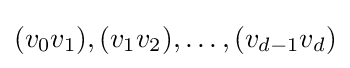
(v_{0}v_{1}),(v_{1}v_{2}),\dots ,(v_{d-1}v_{d})